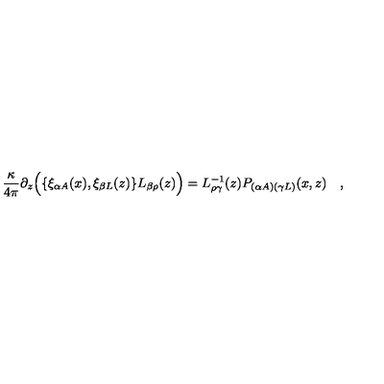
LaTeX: { \frac { \kappa } { 4 \pi } } \partial _ { z } \Bigl ( \{ \xi _ { \alpha A } ( x ) , \xi _ { \beta L } ( z ) \} L _ { \beta \rho } ( z ) \Bigr ) = L _ { \rho \gamma } ^ { - 1 } ( z ) P _ { ( \alpha A ) ( \gamma L ) } ( x , z ) \quad ,